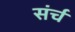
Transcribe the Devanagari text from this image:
संर्च